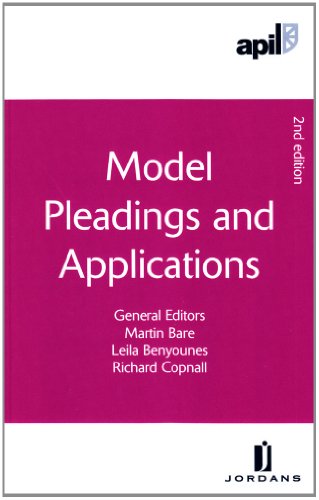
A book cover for APIL Model Pleadings and Applications: Second Edition; Law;